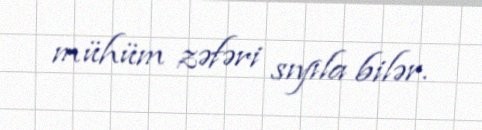
mühüm zəfəri sıyıla bilər.